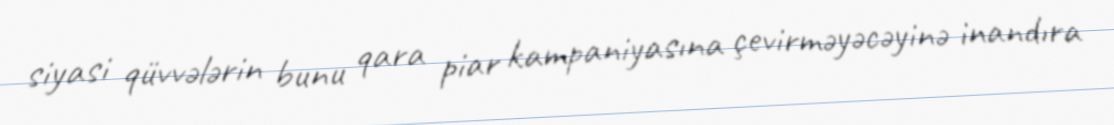
siyasi qüvvələrin bunu qara piar kampaniyasına çevirməyəcəyinə inandıra